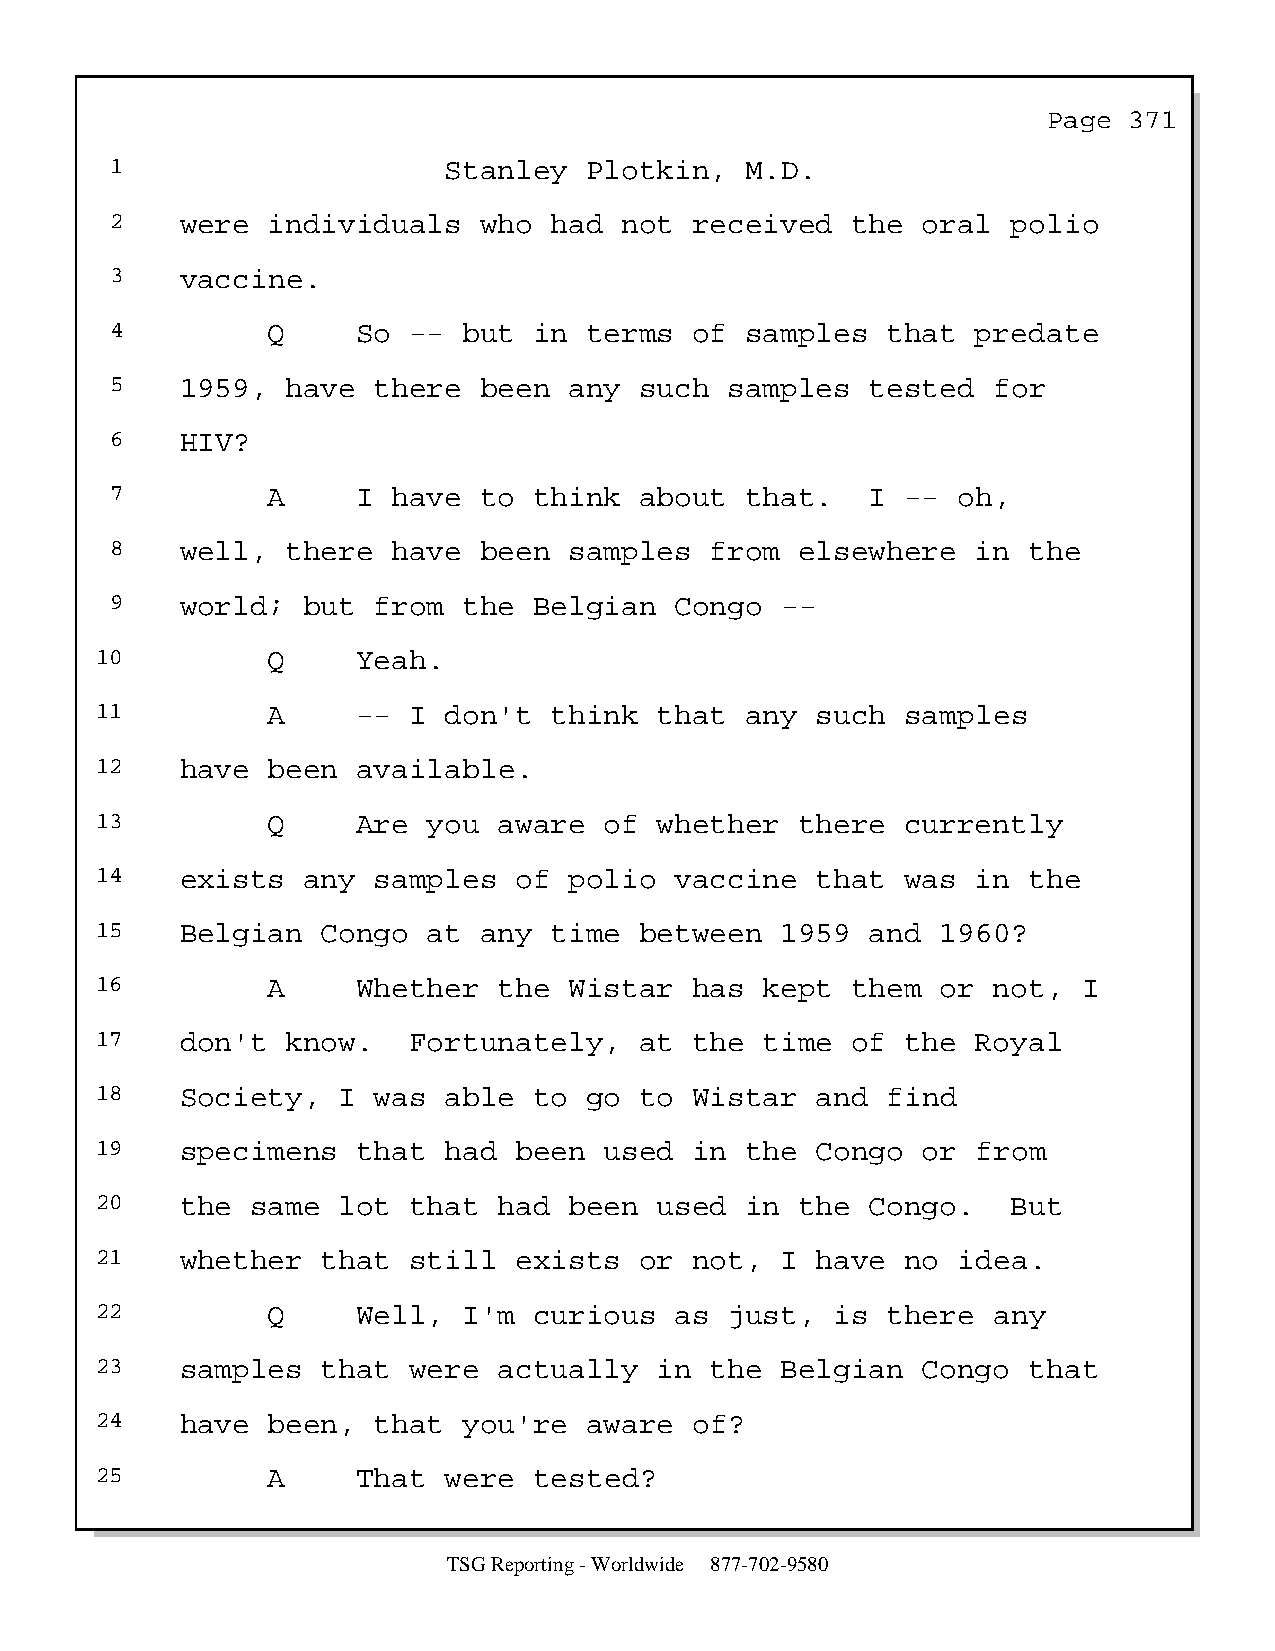
Page  371
 1                     Stanley   Plotkin,  M.D.
 2    were  individuals   who had  not  received  the  oral  polio
 3    vaccine.
 4          Q     So --  but in  terms  of samples   that  predate
 5    1959,  have  there  been  any such  samples   tested  for
 6    HIV?
 7          A     I have  to think  about  that.    I -- oh,
 8    well,  there  have  been  samples  from  elsewhere   in the
 9    world;  but  from  the Belgian   Congo  --
 10          Q     Yeah.
 11          A     -- I don't  think   that any  such  samples
 12    have  been  available.
 13          Q     Are you  aware  of  whether  there  currently
 14    exists  any  samples  of  polio  vaccine  that  was  in the
 15    Belgian  Congo  at  any time  between   1959  and 1960?
 16          A     Whether  the  Wistar  has  kept them  or  not,  I
 17    don't  know.   Fortunately,   at  the  time of  the  Royal
 18    Society,  I  was able  to  go to  Wistar  and  find
 19    specimens   that had  been  used  in the  Congo  or  from
 20    the  same lot  that  had  been  used in  the  Congo.   But
 21    whether  that  still  exists  or  not,  I have  no idea.
 22          Q     Well,  I'm curious   as just,  is  there  any
 23    samples  that  were  actually   in the  Belgian  Congo  that
 24    have  been,  that  you're  aware  of?
 25          A     That were  tested?
 TSG Reporting - Worldwide 877-702-9580